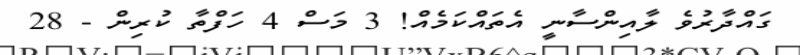
ގައްދާރުވެ ލާއިންސާނީ އެތައްކަމެއް! 3 މަސް 4 ހަފްތާ ކުރިން - 28